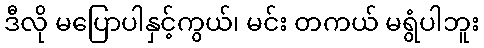
ဒီလို မပြောပါနှင့်ကွယ်၊ မင်း တကယ် မရွံပါဘူး